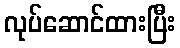
လုပ်ဆောင်ထားပြီး